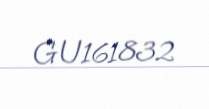
GU161832